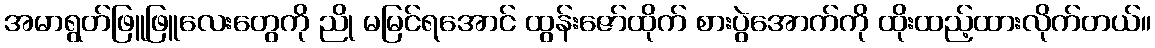
အမာရွတ်ဖြူဖြူလေးတွေကို ညို မမြင်ရအောင် ထွန်းဇော်ထိုက် စားပွဲအောက်ကို ထိုးထည့်ထားလိုက်တယ်။